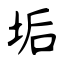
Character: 垢